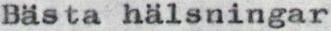
Bästa hälsningar